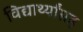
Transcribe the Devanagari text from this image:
विद्यार्थ्यांसह